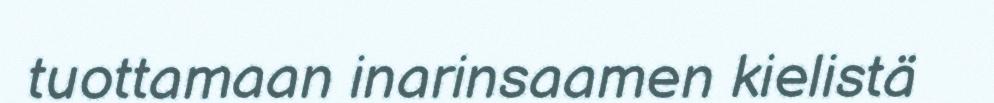
tuottamaan inarinsaamen kielistä